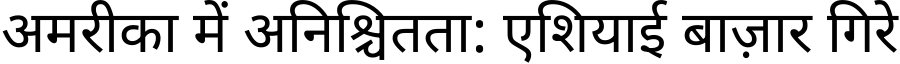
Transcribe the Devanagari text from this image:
अमरीका में अनिश्चितता: एशियाई बाज़ार गिरे